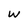
Character: w